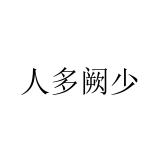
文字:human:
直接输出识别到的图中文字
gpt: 人多阙少